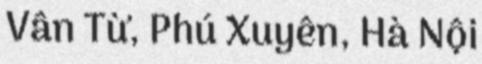
Vân Từ, Phú Xuyên, Hà Nội